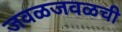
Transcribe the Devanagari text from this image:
जवळजवळची